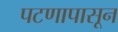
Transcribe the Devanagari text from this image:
पटणापासून